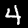
Digit: 4